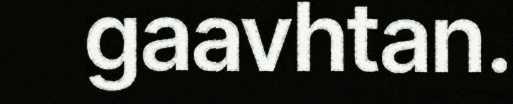
gaavhtan.